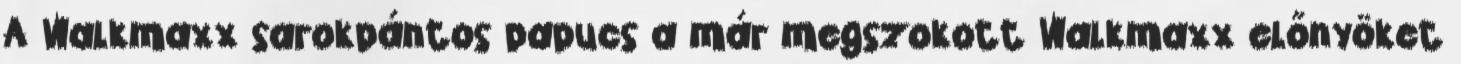
A Walkmaxx sarokpántos papucs a már megszokott Walkmaxx előnyöket